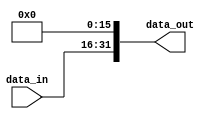
module ShiftLeft_16to32 (
    input [15:0] data_in,
    output [31:0] data_out
);
    assign data_out = {data_in, 16'b0};
endmodule

module ShiftLeft_26to28 (
    input [25:0] data_in,
    output [27:0] data_out
);
    assign data_out = {data_in, 2'b0};
endmodule

module ShiftLeft_32to32 (
    input [31:0] data_in,
    output [31:0] data_out
);
    assign data_out = data_in << 2;
endmodule